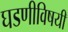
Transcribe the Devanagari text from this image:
घडणीविषयी